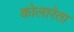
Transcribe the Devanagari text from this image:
कोलारेता